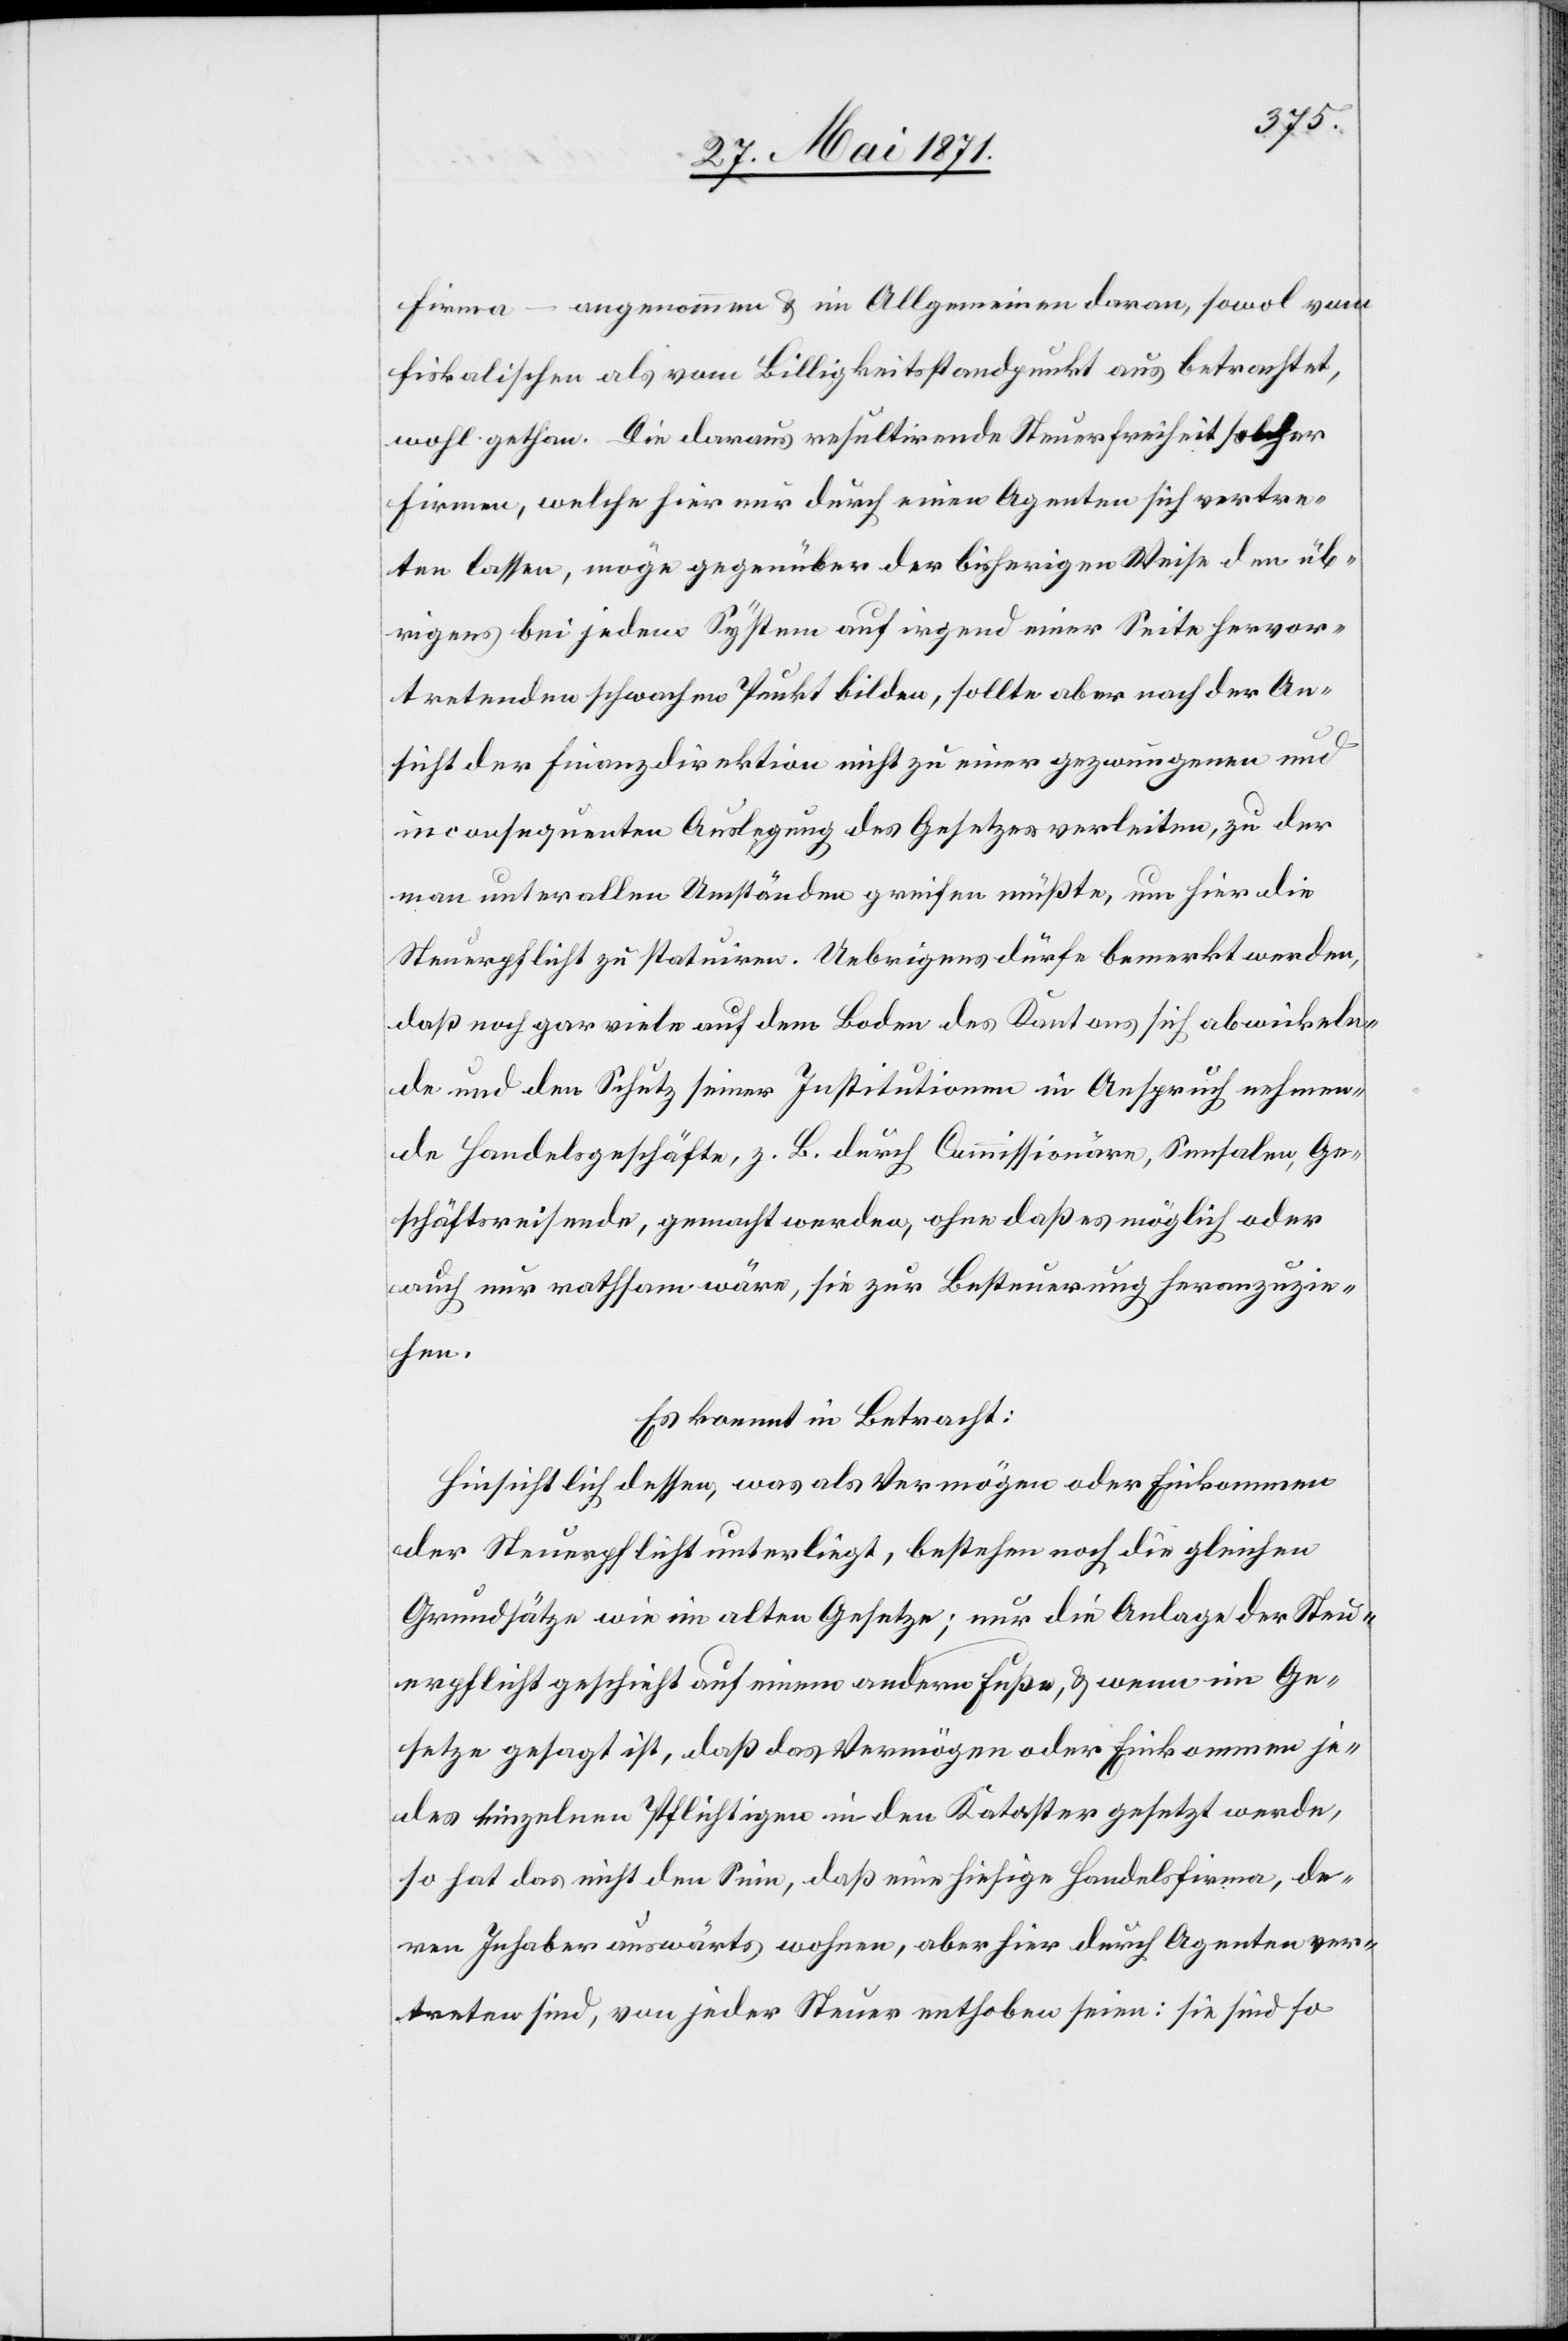
Firma – angenommen u. im Allgemeinen daran, sowol vom
fiskalischen als vom Billigkeitsstandpunkt aus betrachtet,
wohl gethan. Die daraus resultirende Steuerfreiheit solcher
Firmen, welche hier nur durch einen Agenten sich vertre¬
ten lassen, möge gegenüber der bisherigen Weise den üb¬
rigens bei jedem System auf irgend einer Seite hervor¬
tretenden schwachen Punkt bilden, sollte aber nach der An¬
sicht der Finanzdirektion nicht zu einer gezwungenen und
inconsequenten Auslegung des Gesetzes verleiten, zu der
man unter allen Umständen greifen müßte, um hier die
Steuerpflicht zu statuiren. Uebrigens dürfe bemerkt werden,
daß noch gar viele auf dem Boden des Kantons sich abwickeln¬
de und dem Schutz seiner Institutionen in Anspruch nehmen¬
de Handelsgeschäfte, z. B. durch Commissionäre, Sensalen, Ge¬
schäftsreisende, gemacht werden, ohne daß es möglich oder
auch nur rathsam wäre, sie zur Besteuerung heranzuzie¬
hen.
Es kommt in Betracht:
Hinsichtlich dessen, was als Vermögen oder Einkommen
der Steuerpflicht unterliegt, bestehen noch die gleichen
Grundsätze wie im alten Gesetze; nur die Anlage der Steu¬
erpflicht geschieht auf einem andern Fuße, u. wenn im Ge¬
setze gesagt ist, daß das Vermögen oder Einkommen je¬
des einzelnen Pflichtigen in den Kataster gesetzt werde,
so hat das nicht den Sinn, daß eine hiesige Handelsfirma, de¬
ren Inhaber auswärts wohnen, aber hier durch Agenten ver¬
treten sind, von jeder Steuer enthoben seien: sie sind so